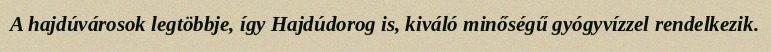
A hajdúvárosok legtöbbje, így Hajdúdorog is, kiváló minőségű gyógyvízzel rendelkezik.